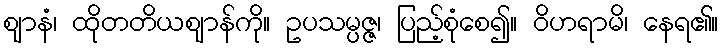
ဈာနံ၊ ထိုတတိယဈာန်ကို။ ဥပသမ္ပဇ္ဇ၊ ပြည့်စုံစေ၍။ ဝိဟရာမိ၊ နေရ၏။